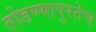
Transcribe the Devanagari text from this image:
तोडण्यापुरतेच